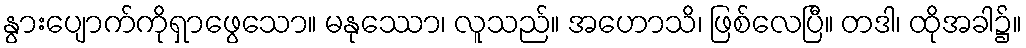
နွားပျောက်ကိုရှာဖွေသော။ မနုဿော၊ လူသည်။ အဟောသိ၊ ဖြစ်လေပြီ။ တဒါ၊ ထိုအခါ၌။